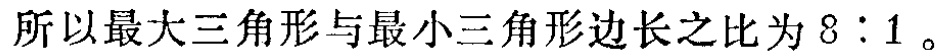
所以最大三角形与最小三角形边长之比为 \(8:1\)。